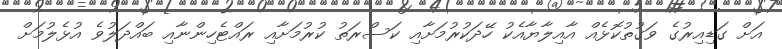
އަށް ގަޑިއިރުގެ ވަގުތުކޮޅެއް އާއިލާޔާއެކު ހޭދަކުރުމަށާއި ކަސްރަތު ކުރުމަށާއި ރައްޓެހިންނާއި ބައްދަލުވެ އުޅެލުމަށް